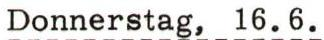
Donnerstag, 16.6.